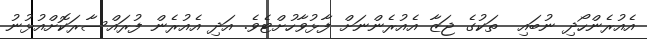
އެއުރެންހޯދި ނުބައި  ތަކުގެ ޖަޒާ އެއުރެންނަށް ފާޅުވާހުށްޓެވެ. އަދި އެއުރެން ފުރައްސާރަކޮށްއުޅުނު